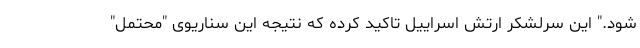
شود." این سرلشکر ارتش اسراییل تاکید کرده که نتیجه این سناریوی "محتمل"